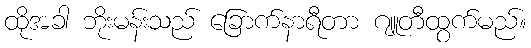
ထိုအခါ ဘိုးမန်းသည် ခြောက်နာရီတာ ဂျူတီထွက်မည်။